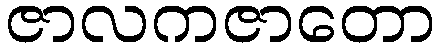
ဇာလကဇာတော